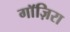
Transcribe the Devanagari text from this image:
गाॅज़िरा